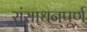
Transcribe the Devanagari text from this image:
संसाधनपूर्ण